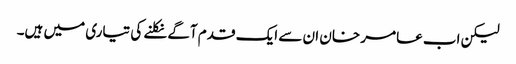
لیکن اب عامر خان ان سے ایک قدم آگے نکلنے کی تیاری میں ہیں۔